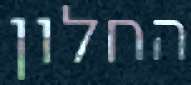
החלון